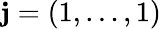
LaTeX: {\textbf{j}}=(1,\dots,1)